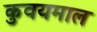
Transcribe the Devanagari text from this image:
कुवयमाल